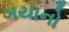
ગયાનો